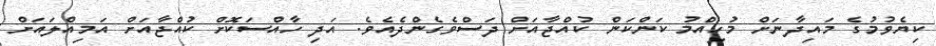
ކިޔެވުމުގެ މައިދާނަށް މުހިއްމު ކަންކަން ކުއްޖާއަށް ދަސްވެގެންދެއެވެ. އަދި ހާއްސަކޮށް ކުއްޖާއަށް އަމިއްލައަށް